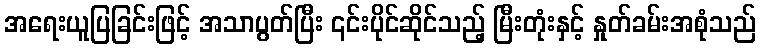
အရေးယူပြခြင်းဖြင့် အသာပွတ်ပြီး ၎င်းပိုင်ဆိုင်သည့် မြီးတုံးနှင့် နှုတ်ခမ်းအစုံသည်